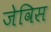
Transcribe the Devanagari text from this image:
जेविस